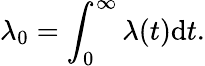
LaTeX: \lambda_{0}=\int_{0}^{\infty}\lambda(t)\mathrm{d}t.